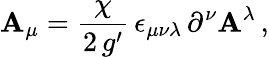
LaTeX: \mathbf{A}_{\mu}=\frac{{\chi}}{{2\, g^{\prime}}}\, \epsilon_{\mu\nu\lambda}\, \partial^{\nu}\mathbf{A}^{\lambda}\, ,